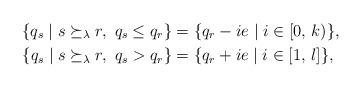
LaTeX: \begin{align*}\{ q_s \mid s \succeq_{\lambda} r,\ q_s \leq q_r \} &= \{ q_r - i e \mid i \in [0,\,k) \}, \\\{ q_s \mid s \succeq_{\lambda} r,\ q_s > q_r \} &= \{ q_r + i e \mid i \in [1,\, l] \},\end{align*}